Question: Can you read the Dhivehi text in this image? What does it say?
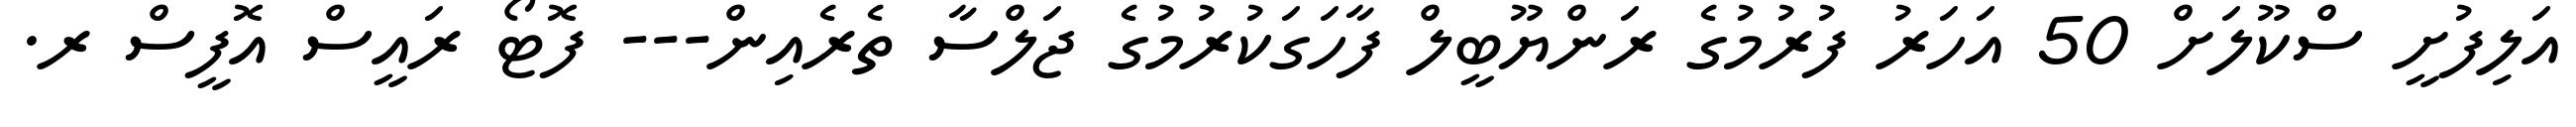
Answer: އަލިފުށީ ސްކޫލަށް 50 އަހަރު ފުރުމުގެ ރަންޔޫބީލް ފާހަގަކުރުމުގެ ޖަލްސާ ތެރެއިން--- ފޮޓޯ ރައީސް އޮފީސް ރ.